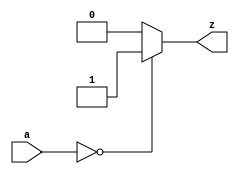
`timescale 1ns / 1ps
module COMP0_8(
	input [7:0]a,
	output reg z
    );
	
always @(*) begin
	if(a==0)
	 	z=1;
	else 
		z=0;
end
endmodule